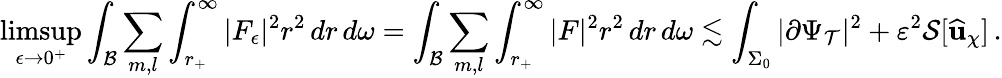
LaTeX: \operatorname*{limsup}_{\epsilon\to 0^{+}}\int_{\mathcal{B}}\sum_{m,l}\int_{r_{+}}^{\infty}|F_{\epsilon}|^{2}r^{2}\, dr\, d\omega=\int_{\mathcal{B}}\sum_{m,l}\int_{r_{+}}^{\infty}|F|^{2}r^{2}\, dr\, d\omega\lesssim\int_{\Sigma_{0}}|\partial\Psi_{\mathcal{T}}|^{2}+\varepsilon^{2}\mathcal{S}[\widehat{\mathbf{u}}_{\chi}]\, .